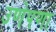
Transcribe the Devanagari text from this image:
उणेपणा